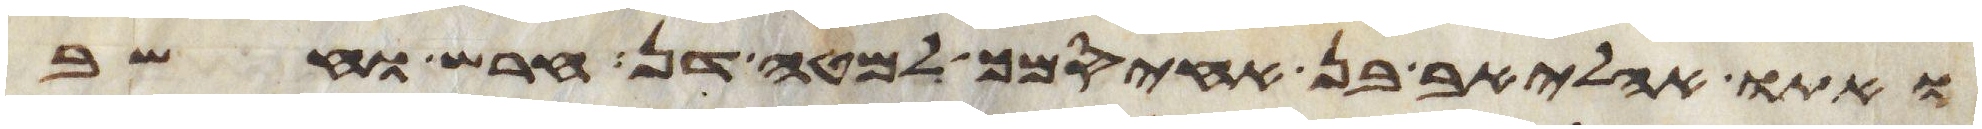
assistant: ואתו אהליאב בן אחיסמך למטה דן חרש וחשב